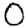
Digit: 0